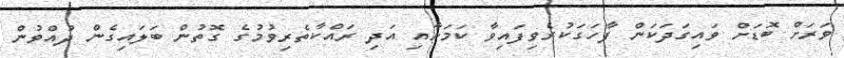
ވަަރަށް ބޮޑަށް ވައިގަދަކަން ފާހަގަކުރެވިފައިވާ ކަަމަށާއި އަދި ރައްކާތެރިވުމުގެ ގޮތުން ބަލައިގެން ދުއްވުން